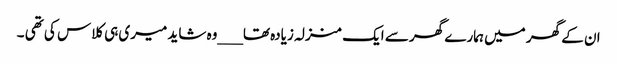
ان کے گھر میں ہمارے گھر سے ایک منزلہ زیادہ تھا___وہ شاید میری ہی کلاس کی تھی ۔